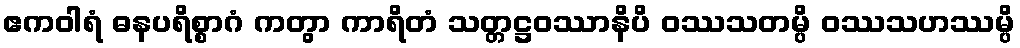
ဧကဝါရံ ဓနပရိစ္စာဂံ ကတွာ ကာရိတံ သတ္တဋ္ဌဝဿာနိပိ ဝဿသတမ္ပိ ဝဿသဟဿမ္ပိ